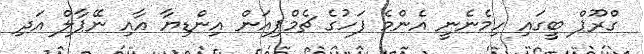
ގްރޫޕް ބީގައި ހިމެނެނީ އެންމެ ފަހުގެ ޗެމްޕިއަން އިންޑިޔާ އާއި ނޭޕާލް އަދި